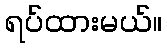
ရပ်ထားမယ်။